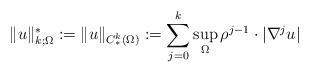
LaTeX: \begin{align*} \|u\|^*_{k; \Omega}:= \|u\|_{C^k_*(\Omega)}:= \sum_{j=0}^k \sup_{\Omega}\rho^{j-1}\cdot|\nabla^j u| \end{align*}